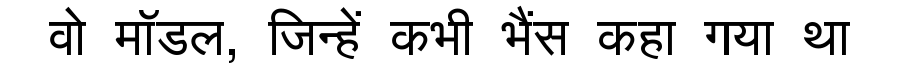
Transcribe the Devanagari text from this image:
वो मॉडल, जिन्हें कभी भैंस कहा गया था